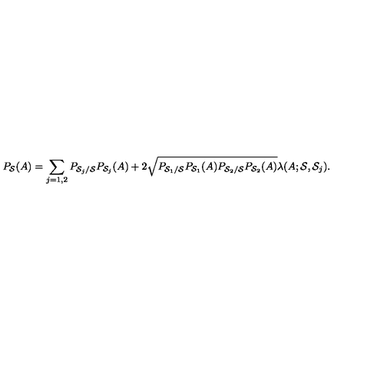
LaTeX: P _ { { \cal S } } ( A ) = \sum _ { j = 1 , 2 } P _ { { \cal S } _ { j } / { \cal S } } P _ { { \cal S } _ { j } } ( A ) + 2 \sqrt { P _ { { \cal S } _ { 1 } / { \cal S } } P _ { { \cal S } _ { 1 } } ( A ) P _ { { \cal S } _ { 2 } / { \cal S } } P _ { { \cal S } _ { 2 } } ( A ) } \lambda ( A ; { \cal S } , { \cal S } _ { j } ) .